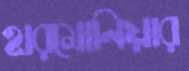
হারমোনিয়ার